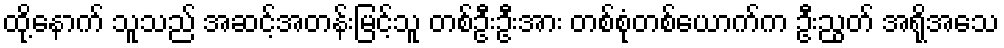
ထို့နောက် သူသည် အဆင့်အတန်းမြင့်သူ တစ်ဦးဦးအား တစ်စုံတစ်ယောက်က ဦးညွတ် အရိုအသေ